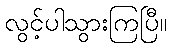
လွင့်ပါသွားကြပြီ။